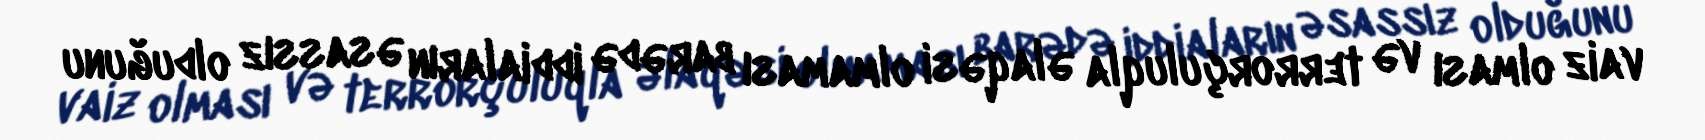
vaiz olması və terrorçuluqla əlaqəsi olmaması barədə iddiaların əsassız olduğunu